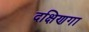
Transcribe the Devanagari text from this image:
दक्षिणगा